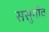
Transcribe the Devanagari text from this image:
ससुगाँव